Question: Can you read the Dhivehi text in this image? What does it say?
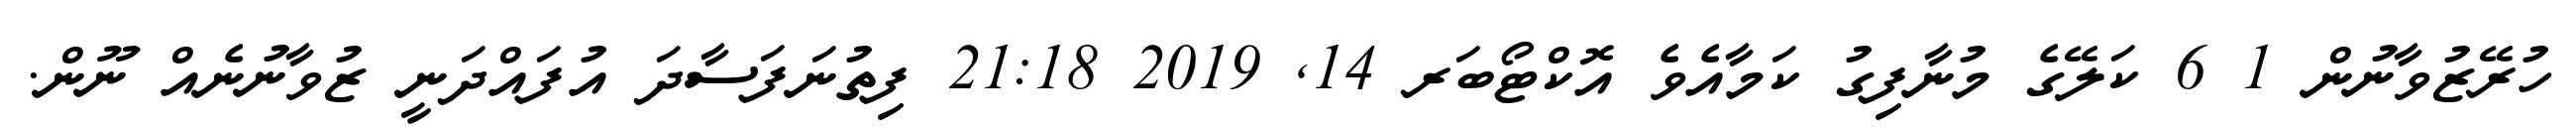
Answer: ހުރޭޒުވާނުން 1 6 ކަލޭގެ މުނާފިގު ކަމާއެވެ އޮކްޓޯބަރ 14, 2019 21:18 ފިތުނަފަސާދަ އުފައްދަނީ ޒުވާނުނެއް ނޫން.